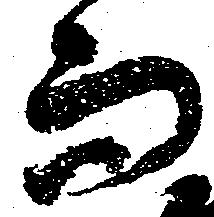
而